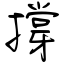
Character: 撐